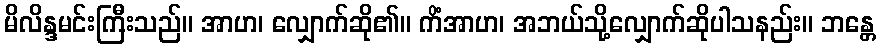
မိလိန္ဒမင်းကြီးသည်။ အာဟ၊ လျှောက်ဆို၏။ ကိံအာဟ၊ အဘယ်သို့လျှောက်ဆိုပါသနည်း။ ဘန္တေ